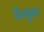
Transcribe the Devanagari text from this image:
मॅन्यूवर